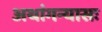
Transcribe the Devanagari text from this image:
अथांगन्यासः